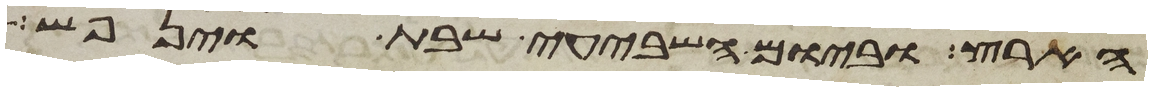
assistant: הארץ וביום השביעי שבת וינפש